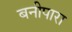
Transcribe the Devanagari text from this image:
बनीपारा